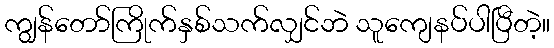
ကျွန်တော်ကြိုက်နှစ်သက်လျှင်ဘဲ သူကျေနပ်ပါပြီတဲ့။